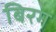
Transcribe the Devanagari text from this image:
बिरग